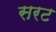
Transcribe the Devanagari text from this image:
सरट